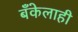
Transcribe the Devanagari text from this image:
बँकेलाही